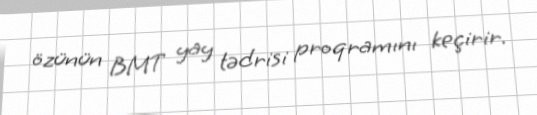
özünün BMT yay tədrisi proqramını keçirir.